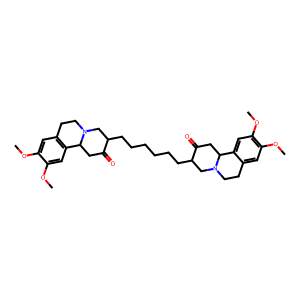
SMILES: COc1cc2c(cc1OC)C1CC(=O)C(CCCCCCC3CN4CCc5cc(OC)c(OC)cc5C4CC3=O)CN1CC2
Inhibits HIV replication: No